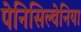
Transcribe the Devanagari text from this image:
पेनिसिल्‍वेनिया